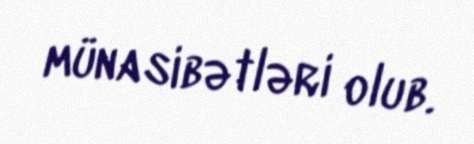
münasibətləri olub.